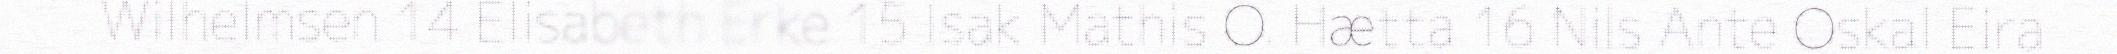
Wilhelmsen 14 Elisabeth Erke 15 Isak Mathis O. Hætta 16 Nils Ante Oskal Eira